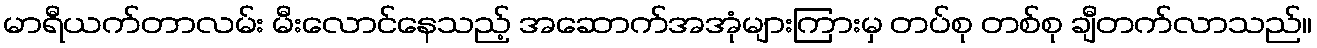
မာရီယက်တာလမ်း မီးလောင်နေသည့် အဆောက်အအုံများကြားမှ တပ်စု တစ်စု ချီတက်လာသည်။